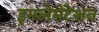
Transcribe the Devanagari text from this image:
इम्प्लेमेंटेशन